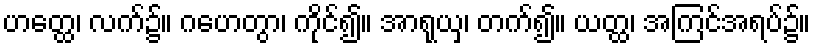
ဟတ္ထေ၊ လက်၌။ ဂဟေတွာ၊ ကိုင်၍။ အာရုယှ၊ တက်၍။ ယတ္ထ၊ အကြင်အရပ်၌။